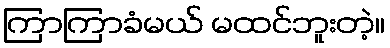
ကြာကြာခံမယ် မထင်ဘူးတဲ့။